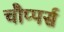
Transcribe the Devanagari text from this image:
चौप्पर्स